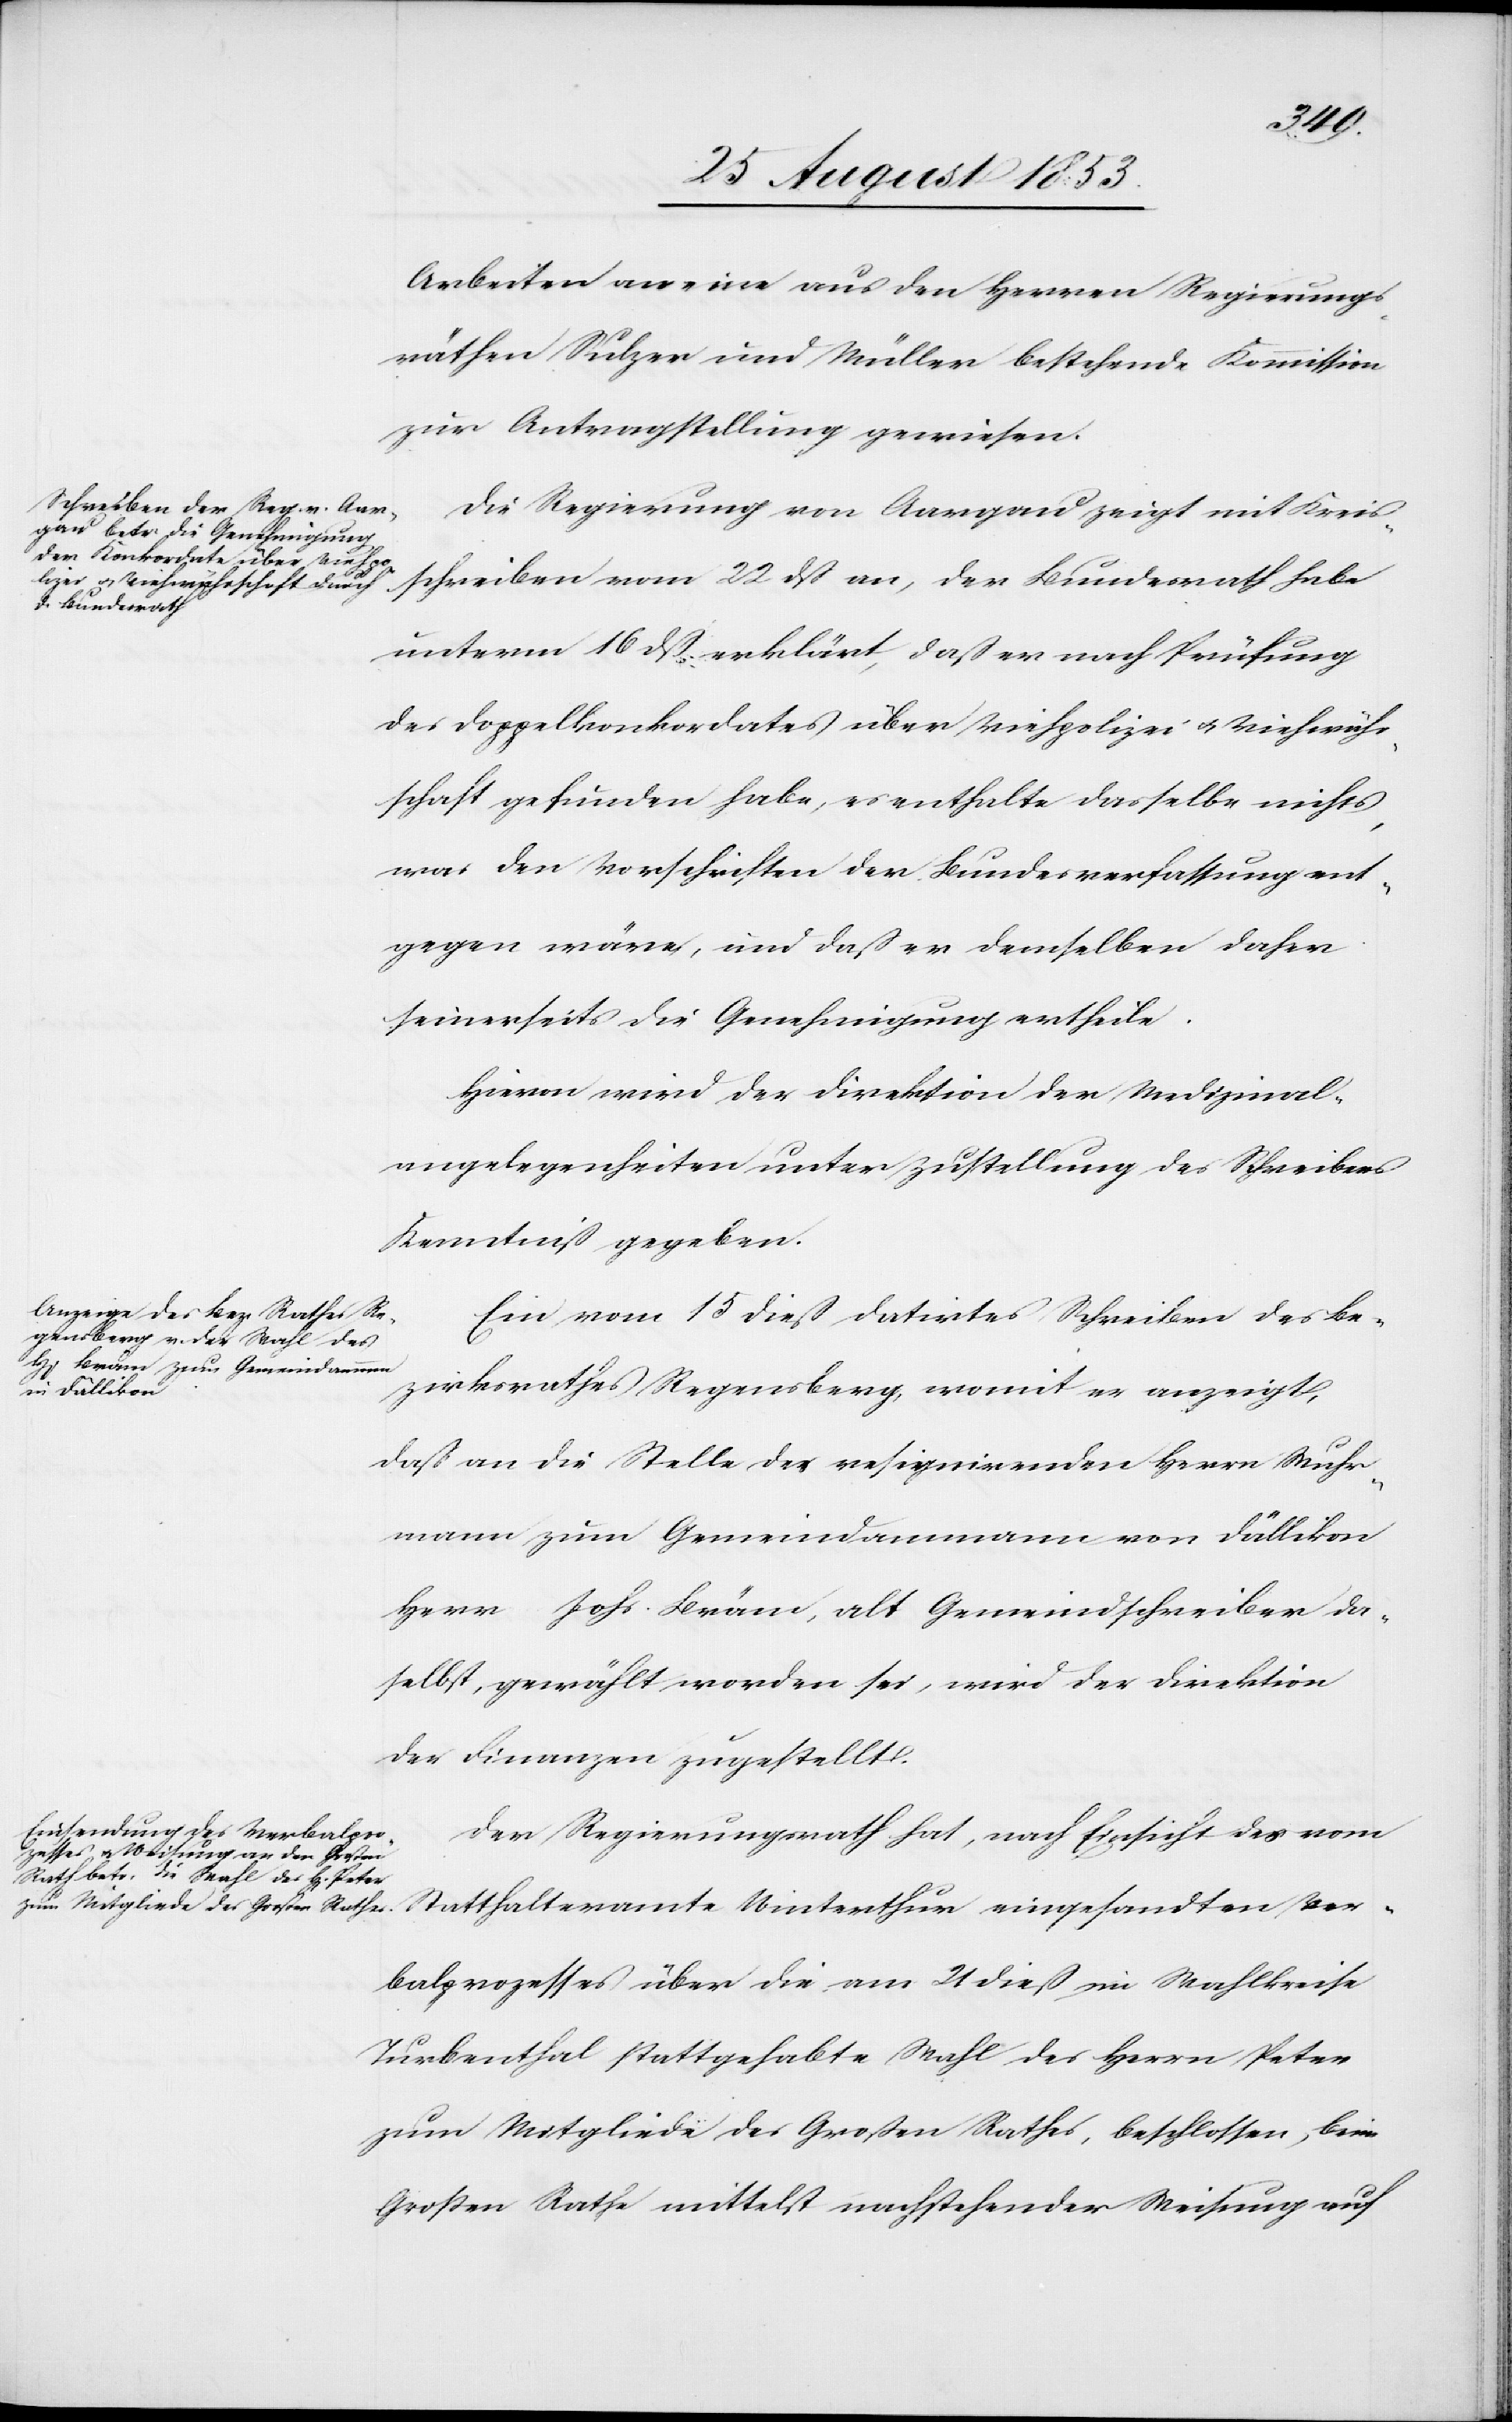
Arbeiten an eine aus den Herrn Regierungs¬
räthen Sulzer und Müller bestehende Kommission
zur Antragstellung gewiesen.
Die Regierung von Aargau zeigt mit Kreis¬
schreiben vom 22 dß an, der Bundesrath habe
unterm 16 dß erklärt, daß er nach Prüfung
des Doppelkonkordates über Viehpolizei- u. Viehwähr¬
schaft gefunden habe, es enthalte dasselbe nichts
was den Vorschriften der Bundesverfassung ent¬
gegen wäre, und daß er denselben daher
seinerseits die Genehmigung ertheile.
Hievon wird der Direktion der Medizinal¬
angelegenheiten unter Zustellung des Schreibens
Kenntniß gegeben.
Ein vom 15 dieß, datirtes Schreiben des Be¬
zirksrathes Regensberg, womit er anzeigt,
daß an die Stelle des resignirenden Herrn Wuhr¬
mann zum Gemeindammann von Dällikon
Herrn Johs. Bräm, alt Gemeindschreiber da¬
selbst, gewählt worden sei, wird der Direktion
der Finanzen zugestellt.
Der Regierungsrath hat, nach Einsicht des vom
Statthalteramte Winterthur eingesandten Ver¬
balprozesses über die am 21 dieß im Wahlkreise
Turbenthal stattgehabte Wahl des Herrn Peter
zum Mitgliede des Großen Rathes, beschlossen, beim
Großen Rathe mittelst nachstehender Weisung auf